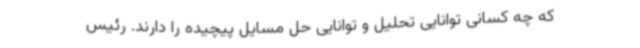
که چه کسانی توانایی تحلیل و توانایی حل مسایل پیچیده را دارند. رئیس